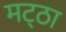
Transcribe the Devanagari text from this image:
मट्‌ठा